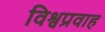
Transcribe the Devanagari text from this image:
विश्वप्रवाह